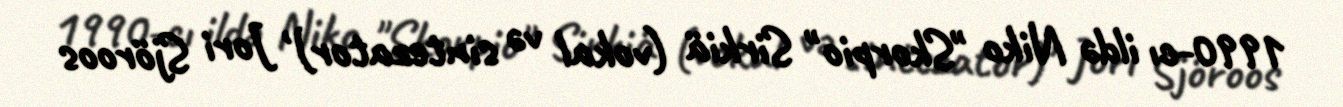
1990-cı ildə Niko "Skorpio" Sirkiä (vokal və sintezator) , Jori Sjöroos